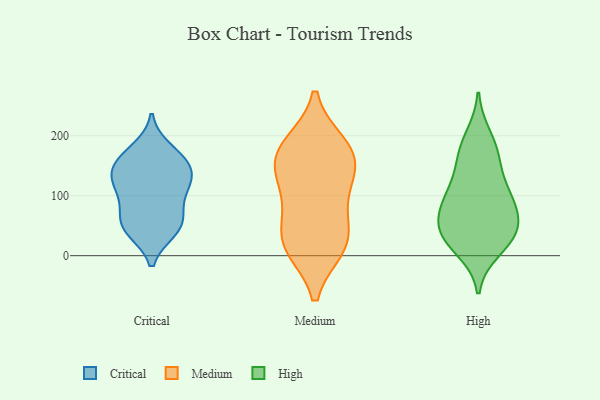
{"axis": {"x": "Active Users", "y": "Value"}, "legend": ["Critical", "High", "Medium"], "data": [{"x": "", "y": 112, "type": "Critical"}, {"x": "", "y": 42, "type": "Critical"}, {"x": "", "y": 177, "type": "Critical"}, {"x": "", "y": 65, "type": "Critical"}, {"x": "", "y": 48, "type": "Critical"}, {"x": "", "y": 133, "type": "Critical"}, {"x": "", "y": 119, "type": "Critical"}, {"x": "", "y": 157, "type": "Critical"}, {"x": "", "y": 151, "type": "Critical"}, {"x": "", "y": 42, "type": "Critical"}, {"x": "", "y": 67, "type": "Critical"}, {"x": "", "y": 101, "type": "Critical"}, {"x": "", "y": 162, "type": "Critical"}, {"x": "", "y": 132, "type": "Critical"}, {"x": "", "y": 144, "type": "Medium"}, {"x": "", "y": 174, "type": "Medium"}, {"x": "", "y": 25, "type": "Medium"}, {"x": "", "y": 151, "type": "Medium"}, {"x": "", "y": 108, "type": "Medium"}, {"x": "", "y": 184, "type": "Medium"}, {"x": "", "y": 88, "type": "Medium"}, {"x": "", "y": 174, "type": "Medium"}, {"x": "", "y": 15, "type": "Medium"}, {"x": "", "y": 15, "type": "Medium"}, {"x": "", "y": 38, "type": "Medium"}, {"x": "", "y": 25, "type": "High"}, {"x": "", "y": 46, "type": "High"}, {"x": "", "y": 65, "type": "High"}, {"x": "", "y": 91, "type": "High"}, {"x": "", "y": 169, "type": "High"}, {"x": "", "y": 100, "type": "High"}, {"x": "", "y": 102, "type": "High"}, {"x": "", "y": 31, "type": "High"}, {"x": "", "y": 199, "type": "High"}, {"x": "", "y": 39, "type": "High"}, {"x": "", "y": 47, "type": "High"}, {"x": "", "y": 172, "type": "High"}, {"x": "", "y": 10, "type": "High"}, {"x": "", "y": 91, "type": "High"}, {"x": "", "y": 142, "type": "High"}]}